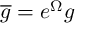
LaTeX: \overline { { { g } } } = e ^ { \Omega } g